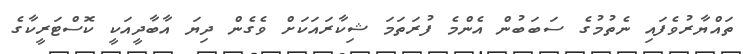
ތައްޔާރުވެފައި ނެތުމުގެ ސަބަބުން އެންމެ ފުރަތަމަ ޝިކާރައަކަށް ވެގެން ދިޔަ އާބާދީއަކީ ކޮސްޓަރީކާގެ